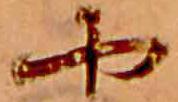
や